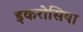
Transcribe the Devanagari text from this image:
इकरोसिया